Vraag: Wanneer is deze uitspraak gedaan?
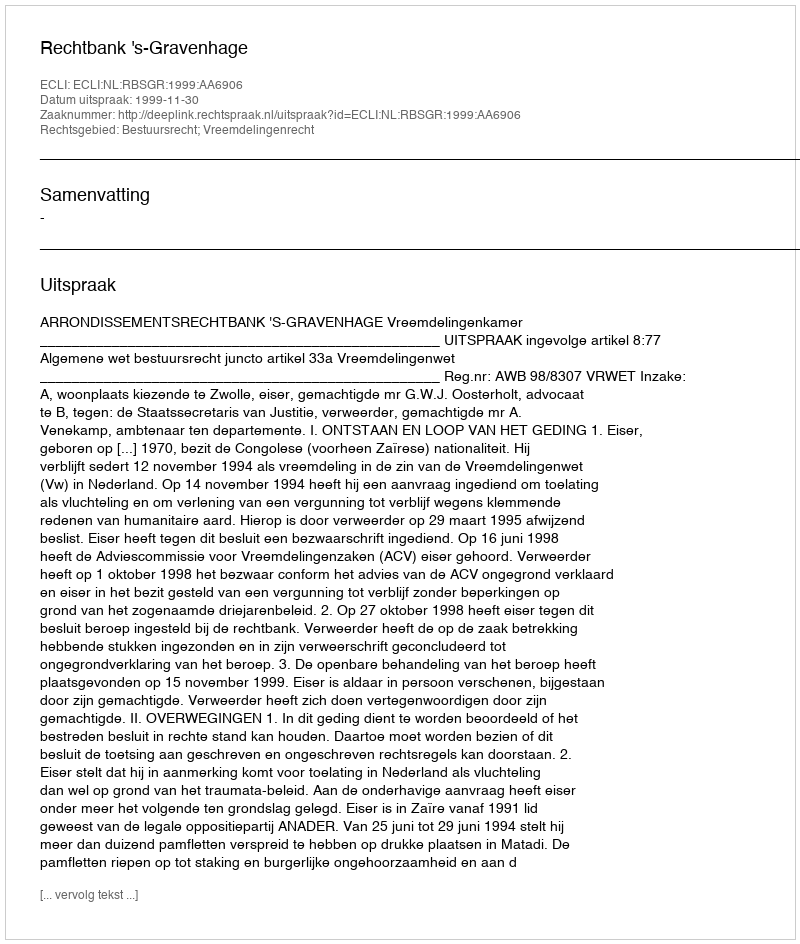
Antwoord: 1999-11-30